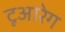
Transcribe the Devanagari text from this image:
टूआरेग